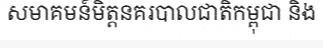
សមាគមន៍មិត្តនគរបាលជាតិកម្ពុជា និង